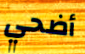
أضحي